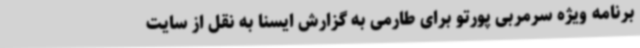
برنامه ویژه سرمربی پورتو برای طارمی به گزارش ایسنا به نقل از سایت